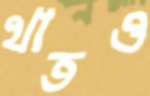
খাতও